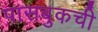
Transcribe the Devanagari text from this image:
पासबुकची